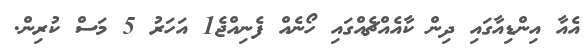
އެއާ އިންޑިއާގައި ދިން ކާއެއްޗެއްގައި ހޯނެއް ފެނިއްޖެ1 އަހަރު 5 މަސް ކުރިން.